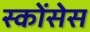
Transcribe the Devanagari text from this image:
स्कोंसेस